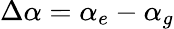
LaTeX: \Delta\alpha=\alpha_{e}-\alpha_{g}